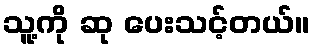
သူ့ကို ဆု ပေးသင့်တယ်။